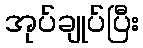
အုပ်ချုပ်ပြီး